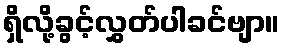
ရှိလို့ခွင့်လွှတ်ပါခင်ဗျာ။